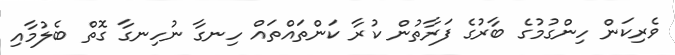
ވެރިކަން ހިންގުމުގެ ބާރުގެ ފަރާތުން ކުރާ ކަންތައްތައް ހިނގާ ނުހިނގާ ގޮތް ބެލުމާއި